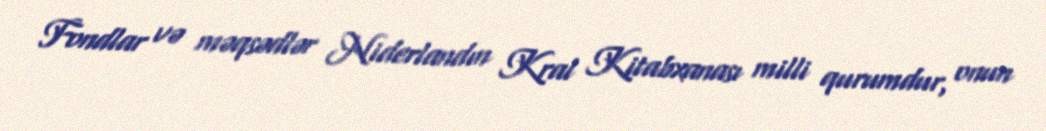
Fondlar və məqsədlər Niderlandın Kral Kitabxanası milli qurumdur, onun